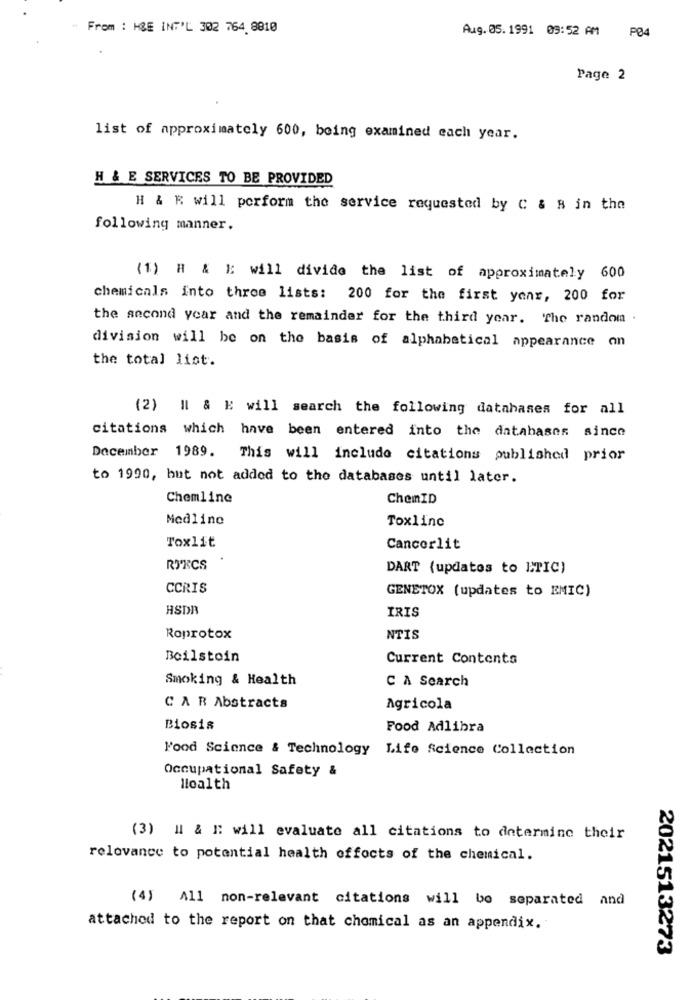
" From : KLE INT'L 302 764.8810
Aug. 05. 1991 09:52 AM P04
Page 2
list of approximately 600, being examined each year.
H & E SERVICES TO BE PROVIDED
H & R will perform the service requested by C & B in the
following manner.
(1) R & E will divide the list of approximately 600
chemicals into three lists: 200 for the first year, 200 for
the second year and the remainder for the third year. The random .
division will be on the basis of alphabetical appearance on
the total list.
(2) Il & E will search the following databases for all
citations which have been entered into the databases since
December 1989. This will include citations published prior
to 1990, but not added to the databases until later.
Chemline
ChemID
Medline
Toxlinc
Toxlit
Cancerlit
RIRCS
DART (updates to ETIC)
CCRIS
GENETOX (updates to EMIC)
HSDR
IRIS
Roprotox
NTIS
Boilstoin
Current Contents
Smoking & Health
C A Search
C A R Abstracts
Agricola
Biosis
Food Adlibra
Food Science & Technology Life Science Collection
Occupational Safety &
lloalth
(3) H & E: will evaluate all citations to determine their
relevance to potential health effects of the chemical.
(4) All non-relevant citations will be separated and
attached to the report on that chemical as an appendix.
2021513273